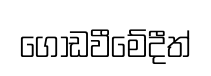
ගොඩවීමේදීත්